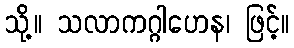
သို့။ သလာကဂ္ဂါဟေန၊ ဖြင့်။